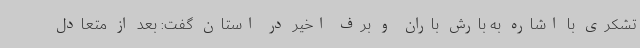
تشکری با اشاره به بارش باران و برف اخیر در استان گفت: بعد از متعادل